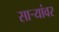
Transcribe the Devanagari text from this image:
साऱ्यांवर